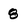
Character: 8